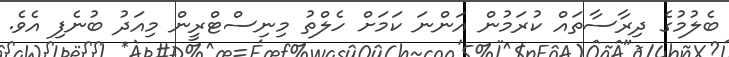
ބެލުމުގެ ދިރާސާތައް ކުރަމުން އަންނަ ކަމަށް ހެލްތު މިނިސްޓްރީން މިއަދު ބުނެފި އެވެ.